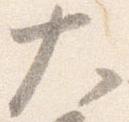
大